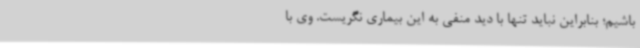
باشیم؛ بنابراین نباید تنها با دید منفی به این بیماری نگریست. وی با